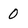
Character: 0